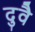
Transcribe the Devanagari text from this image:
दुवै